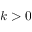
k > 0